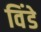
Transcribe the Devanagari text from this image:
विंडे